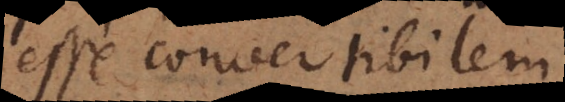
esse convertibile